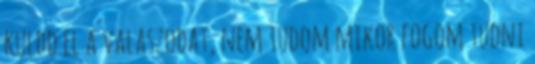
kuldd el a valaszodat, nem tudom mikor fogom tudni